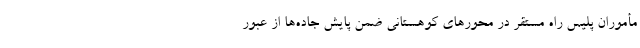
مأموران پلیس راه مستقر در محور‌های کوهستانی ضمن پایش جاده‌ها از عبور